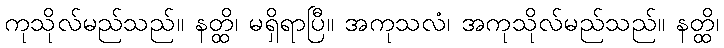
ကုသိုလ်မည်သည်။ နတ္ထိ၊ မရှိရာပြီ။ အကုသလံ၊ အကုသိုလ်မည်သည်။ နတ္ထိ၊